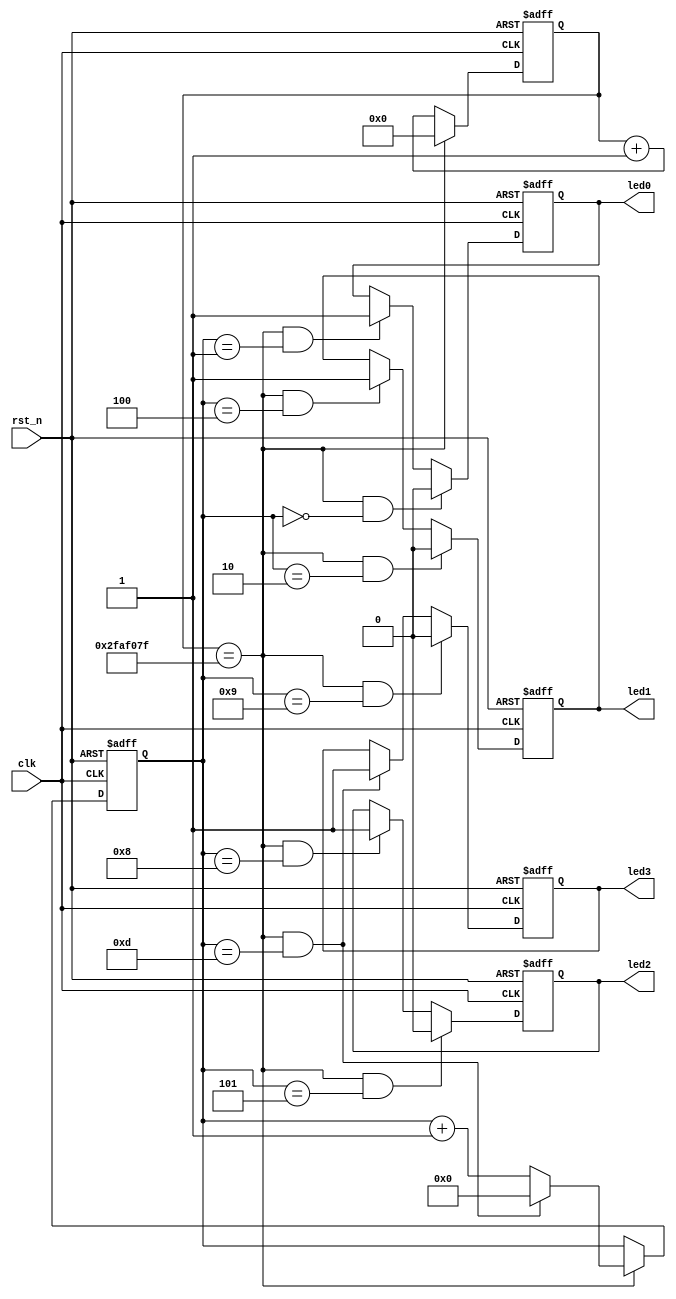
module led_04(
     clk         ,
     rst_n       ,
     led0        ,
     led1        ,
     led2        ,
     led3           
);

input        clk     ;
input        rst_n   ;
output       led0    ;
output       led1    ;
output       led2    ;
output       led3    ;
reg          led0    ;
reg          led1    ;
reg          led2    ;
reg          led3    ;


reg [25:0]  cnt0     ;
wire        add_cnt0 ;
wire        end_cnt0 ;
always @(posedge clk or negedge rst_n) begin 
    if (rst_n==0) begin
        cnt0 <= 0; 
    end
    else if(add_cnt0) begin
        if(end_cnt0)
            cnt0 <= 0; 
        else
            cnt0 <= cnt0+1 ;
   end
end
assign add_cnt0 = 1 ;
assign end_cnt0 = add_cnt0  && cnt0 == 50000000-1 ;



reg [ 3:0]  cnt1     ;
wire        add_cnt1 ;
wire        end_cnt1 ;
always @(posedge clk or negedge rst_n) begin 
    if (rst_n==0) begin
        cnt1 <= 0; 
    end
    else if(add_cnt1) begin
        if(end_cnt1)
            cnt1 <= 0; 
        else
            cnt1 <= cnt1+1 ;
   end
end
assign add_cnt1 = end_cnt0;
assign end_cnt1 = add_cnt1  && cnt1 == 14-1 ;


always  @(posedge clk or negedge rst_n)begin
    if(rst_n==1'b0)begin
        led0 <= 1  ;
    end
    else if(add_cnt1 && cnt1==1-1)begin
        led0 <= 0  ;
    end
    else if(add_cnt1 && cnt1==2-1)begin
        led0 <= 1  ;
    end
end

always  @(posedge clk or negedge rst_n)begin
    if(rst_n==1'b0)begin
        led1 <= 1;
    end
    else if(add_cnt1 && cnt1==3-1)begin
        led1 <= 0;
    end
    else if(add_cnt1 && cnt1==5-1)begin
        led1 <= 1;
    end
end

always  @(posedge clk or negedge rst_n)begin
    if(rst_n==1'b0)begin
        led2 <= 1;
    end
    else if(add_cnt1 && cnt1==6-1)begin
        led2 <= 0;
    end
    else if(add_cnt1 && cnt1==9-1)begin
        led2 <= 1;
    end
end


always  @(posedge clk or negedge rst_n)begin
    if(rst_n==1'b0)begin
        led3 <= 1;
    end
    else if(add_cnt1 && cnt1==10-1)begin
        led3 <= 0;
    end
    else if(add_cnt1 && cnt1==14-1)begin
        led3 <= 1;
    end
end

endmodule